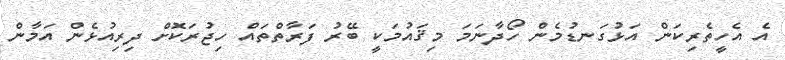
އެ އެހީތެރިކަން އަޅުގަނޑުމެން ހޯދާނަމަ މިޤައުމަކީ ބޭރު ފަރާތްތައް ހިޖުރަކޮށް ދިރިއުޅެން އަމާން